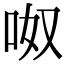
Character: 呶